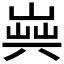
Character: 𠔞